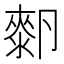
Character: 𰆓